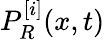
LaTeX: P_{R}^{[i]}(x,t)